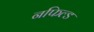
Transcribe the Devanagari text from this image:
नफिल्ड